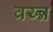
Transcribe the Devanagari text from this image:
वय्न्न